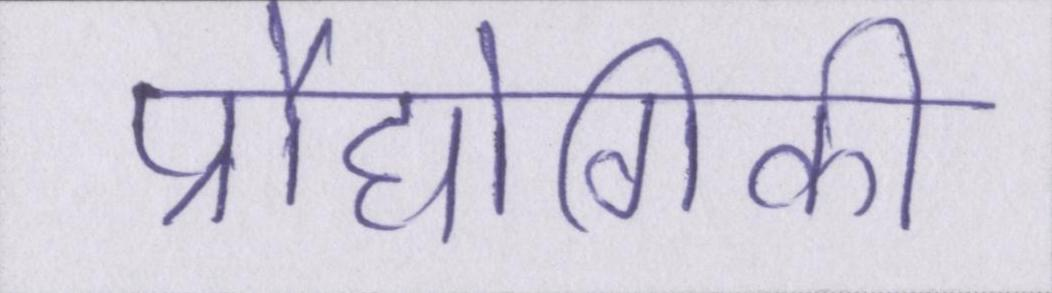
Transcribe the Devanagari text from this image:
प्रौद्योगिकी